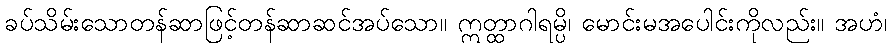
ခပ်သိမ်းသောတန်ဆာဖြင့်တန်ဆာဆင်အပ်သော။ ဣတ္ထာဂါရမ္ပိ၊ မောင်းမအပေါင်းကိုလည်း။ အဟံ၊